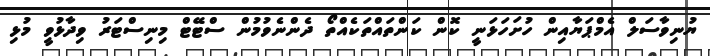
ޔުނިވާސަލް އެމްޕަޔާއިން ހުށަހަޅަނީ ކޮން ކަންތައްތަކެއްތޯ ދެންނެވުމުން ސްޓޭޓް މިނިސްޓަރު ވިދާޅުވީ މުޅި